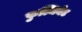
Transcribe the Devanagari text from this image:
फुल्मिनेट